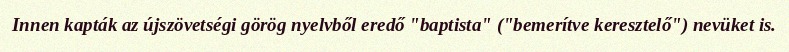
Innen kapták az újszövetségi görög nyelvből eredő "baptista" ("bemerítve keresztelő") nevüket is.